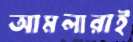
আমলারাই